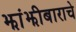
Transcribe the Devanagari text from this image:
झांझीबाराचे